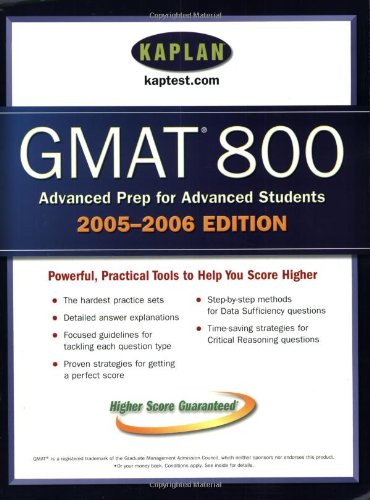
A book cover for Kaplan GMAT 800, 2005-2006 (Kaplan GMAT Advanced); Kaplan; Test Preparation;